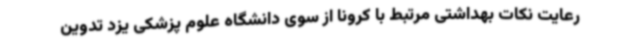
رعایت نکات بهداشتی مرتبط با کرونا از سوی دانشگاه علوم پزشکی یزد تدوین